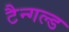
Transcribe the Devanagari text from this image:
टैन्गल्ड